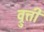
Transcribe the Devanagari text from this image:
व्रुत्ती